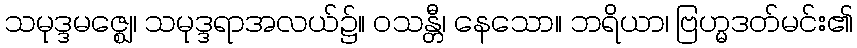
သမုဒ္ဒမဇ္ဈေ၊ သမုဒ္ဒရာအလယ်၌။ ဝသန္တီ၊ နေသော။ ဘရိယာ၊ ဗြဟ္မဒတ်မင်း၏